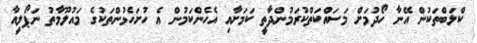
ކްލަބްތަކުން އޭނާ ހޯދުމަށް މަސައްކަތްކުރަމުންދާތީ ކަމަށާއި އެހެންކަމުން އެ ހުށަހެޅުންތަކުގެ މައުލޫމާތު ނަޕޯލީއާ